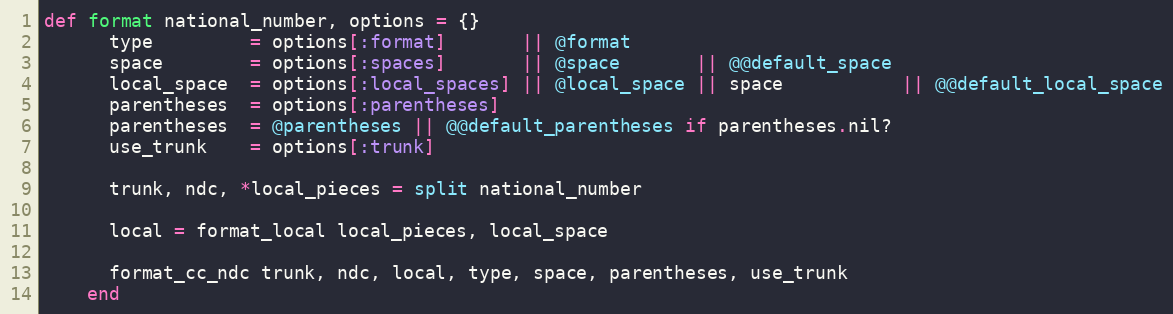
Language: Ruby
def format national_number, options = {}
      type         = options[:format]       || @format
      space        = options[:spaces]       || @space       || @@default_space
      local_space  = options[:local_spaces] || @local_space || space           || @@default_local_space
      parentheses  = options[:parentheses]
      parentheses  = @parentheses || @@default_parentheses if parentheses.nil?
      use_trunk    = options[:trunk]

      trunk, ndc, *local_pieces = split national_number

      local = format_local local_pieces, local_space

      format_cc_ndc trunk, ndc, local, type, space, parentheses, use_trunk
    end